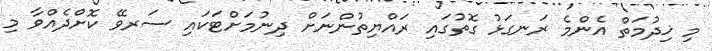
މި ޚިދުމަތް އެންމެ ރަނގަޅު ގޮތުގައި ރައްޔިތުންނަށް ދިނުމަށްޓަކައި ސަރވޭ ކޮށްދެއްވާ މި